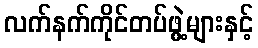
လက်နက်ကိုင်တပ်ဖွဲ့များနှင့်